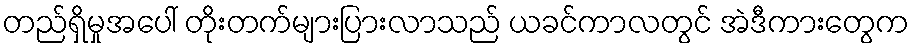
တည်ရှိမှုအပေါ် တိုးတက်များပြားလာသည် ယခင်ကာလတွင် အဲဒီကားတွေက